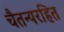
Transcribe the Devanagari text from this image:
चैतन्यरहित